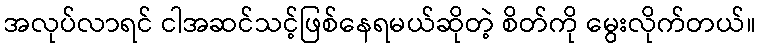
အလုပ်လာရင် ငါအဆင်သင့်ဖြစ်နေရမယ်ဆိုတဲ့ စိတ်ကို မွေးလိုက်တယ်။